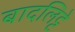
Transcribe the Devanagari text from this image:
बादलिट्टे